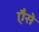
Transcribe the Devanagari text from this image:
एैसे